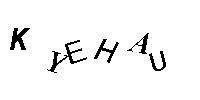
KYEHAU